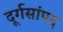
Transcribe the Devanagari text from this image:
दूर्गसांपद